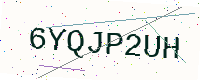
Text: 6YQJP2UH